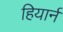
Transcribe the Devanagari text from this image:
हियार्न